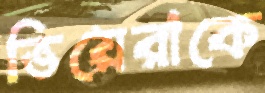
ভিয়েরাকে